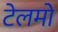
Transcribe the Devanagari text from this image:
टेलमो